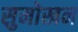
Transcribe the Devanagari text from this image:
सुमोखन